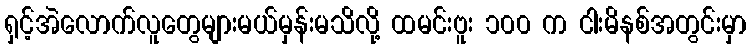
ရှင့်အဲလောက်လူတွေများမယ်မှန်းမသိလို့ ထမင်းဗူး ၁၀၀ က ငါးမိနစ်အတွင်းမှာ